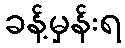
ခန့်မှန်းရ